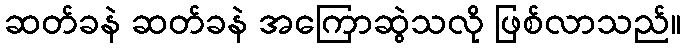
ဆတ်ခနဲ ဆတ်ခနဲ အကြောဆွဲသလို ဖြစ်လာသည်။